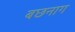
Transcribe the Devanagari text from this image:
बछनाग